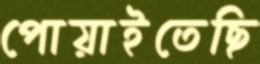
পোয়াইতেছি